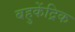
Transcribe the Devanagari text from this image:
बहुकेंद्रिक